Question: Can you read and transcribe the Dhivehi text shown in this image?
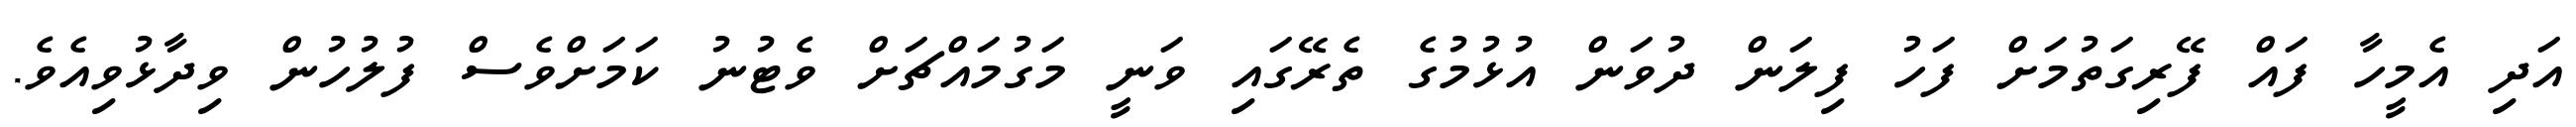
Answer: އަދި އެމީހާ ފައް ފޭރިގަތުމަށް ފަހު ފިލަން ދުވަން އުޅުމުގެ ތެރޭގައި ވަނީ މަގުމައްޗަށް ވެޓުނު ކަމަށްވެސް ފުލުހުން ވިދާޅުވިއެވެ.